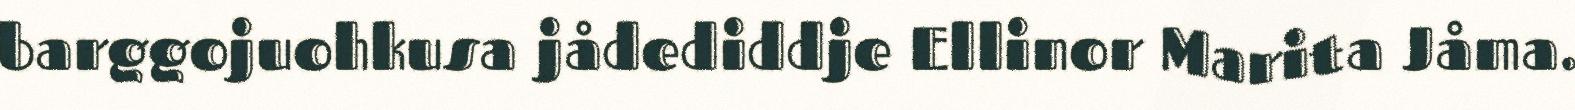
barggojuohkusa jådediddje Ellinor Marita Jåma.